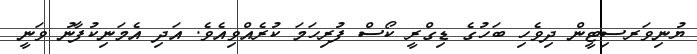
ޔުނިވަރސިޓީން ދިވެހި ބަހުގެ ޑިގްރީ ކޯސް ފުރިހަމަ ކުރެއްވިއެވެ. އަދި އެމަނިކުފާނު ވަނީ